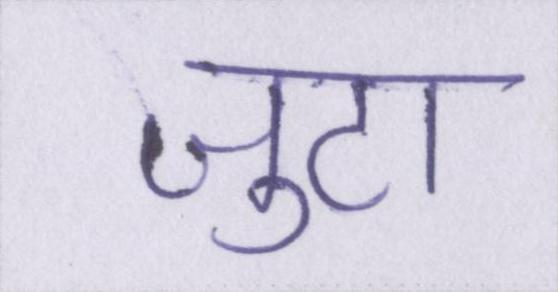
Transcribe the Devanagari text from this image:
जुटा